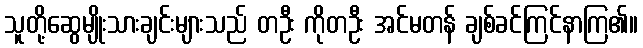
သူတို့ဆွေမျိုးသားချင်းများသည် တဦး ကိုတဦး အင်မတန် ချစ်ခင်ကြင်နာကြ၏။